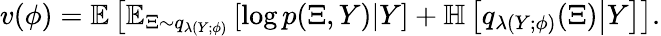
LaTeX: v(\phi)=\mathbb{E}\left[\mathbb{E}_{\Xi\sim q_{\lambda(Y;\phi)}}\left[\log p(\Xi,Y)\middle|Y\right]+\mathbb{H}\left[q_{\lambda(Y;\phi)}(\Xi)\middle|Y\right]\right].